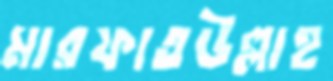
মারফাতউল্লাহ